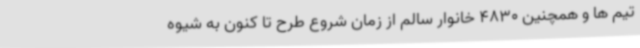
تیم ها و همچنین 4830 خانوار سالم از زمان شروع طرح تا کنون به شیوه